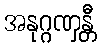
အနုဂ္ဂဏှန္တီ